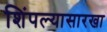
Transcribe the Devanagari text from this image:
शिंपल्यासारखा